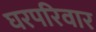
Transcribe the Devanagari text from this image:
घरपरिवार